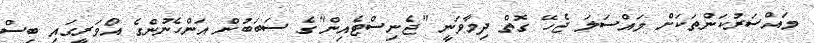
މައްސަރުކަންތަކަށް މައްސަލަ ޖެހޭ ގޮތް ދިމާވަނީ "ޖެނިސްޓެއިން"ގެ ސަބަބުން އަންހެނުންގެ އޯވަރީގައި ބިސް